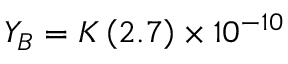
Y _ { B } = { \cal K } \left( 2 . 7 \right) \times 1 0 ^ { - 1 0 }